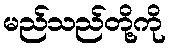
မည်သည်တို့ကို